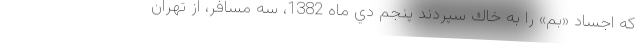
كه اجساد «بم» را به خاك سپردند پنجم دي ماه 1382، سه مسافر، از تهران